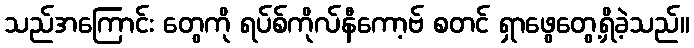
သည်အကြောင်း တွေကို ရပ်စ်ကိုလ်နီကော့ဗ် စတင် ရှာဖွေတွေ့ရှိခဲ့သည်။